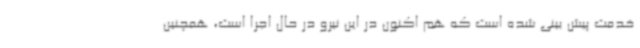
خدمت پیش بینی شده است که هم اکنون در این نیرو در حال اجرا است، همچنین